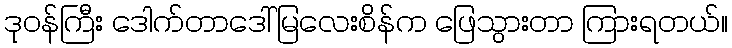
ဒုဝန်ကြီး ဒေါက်တာဒေါ်မြလေးစိန်က ဖြေသွားတာ ကြားရတယ်။